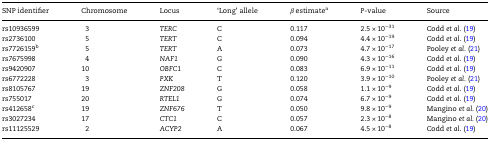
<table><thead><tr><td><b>SNP identifier</b></td><td><b>Chromosome</b></td><td><b>Locus</b></td><td><b>‘Long’ allele</b></td><td><b><i>β</i> estimate<sup>a</sup></b></td><td><b><i>P</i>-value</b></td><td><b>Source</b></td></tr></thead><tbody><tr><td>rs10936599</td><td>3</td><td><i>TERC</i></td><td>C</td><td>0.117</td><td>2.5 × 10<sup>−31</sup></td><td>Codd <i>et al</i>. (19)</td></tr><tr><td>rs2736100</td><td>5</td><td><i>TERT</i></td><td>C</td><td>0.094</td><td>4.4 × 10<sup>−19</sup></td><td>Codd <i>et al</i>. (19)</td></tr><tr><td>rs7726159<sup>b</sup></td><td>5</td><td><i>TERT</i></td><td>A</td><td>0.073</td><td>4.7 × 10<sup>−17</sup></td><td>Pooley <i>et al</i>. (21)</td></tr><tr><td>rs7675998</td><td>4</td><td><i>NAF1</i></td><td>G</td><td>0.090</td><td>4.3 × 10<sup>−16</sup></td><td>Codd <i>et al</i>. (19)</td></tr><tr><td>rs9420907</td><td>10</td><td><i>OBFC1</i></td><td>C</td><td>0.083</td><td>6.9 × 10<sup>−11</sup></td><td>Codd <i>et al</i>. (19)</td></tr><tr><td>rs6772228</td><td>3</td><td><i>PXK</i></td><td>T</td><td>0.120</td><td>3.9 × 10<sup>−10</sup></td><td>Pooley <i>et al</i>. (21)</td></tr><tr><td>rs8105767</td><td>19</td><td><i>ZNF208</i></td><td>G</td><td>0.058</td><td>1.1 × 10<sup>−9</sup></td><td>Codd <i>et al</i>. (19)</td></tr><tr><td>rs755017</td><td>20</td><td><i>RTEL1</i></td><td>G</td><td>0.074</td><td>6.7 × 10<sup>−9</sup></td><td>Codd <i>et al</i>. (19)</td></tr><tr><td>rs412658<sup>c</sup></td><td>19</td><td><i>ZNF676</i></td><td>T</td><td>0.050</td><td>9.8 × 10<sup>−9</sup></td><td>Mangino <i>et al</i>. (20)</td></tr><tr><td>rs3027234</td><td>17</td><td><i>CTC1</i></td><td>C</td><td>0.057</td><td>2.3 × 10<sup>−8</sup></td><td>Mangino <i>et al</i>. (20)</td></tr><tr><td>rs11125529</td><td>2</td><td><i>ACYP2</i></td><td>A</td><td>0.067</td><td>4.5 × 10<sup>−8</sup></td><td>Codd <i>et al</i>. (19)</td></tr></tbody></table>